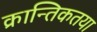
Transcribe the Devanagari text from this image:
क्रान्तिकतया